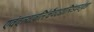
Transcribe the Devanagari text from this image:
एवंदत्वाबलिंचैवदद्यात्पिंडत्रयंबुधः